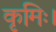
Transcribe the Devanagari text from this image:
कृमिः।